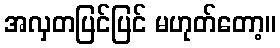
အလှတပြင်ပြင် မဟုတ်တော့။